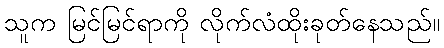
သူက မြင်မြင်ရာကို လိုက်လံထိုးခုတ်နေသည်။